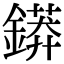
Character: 䥈